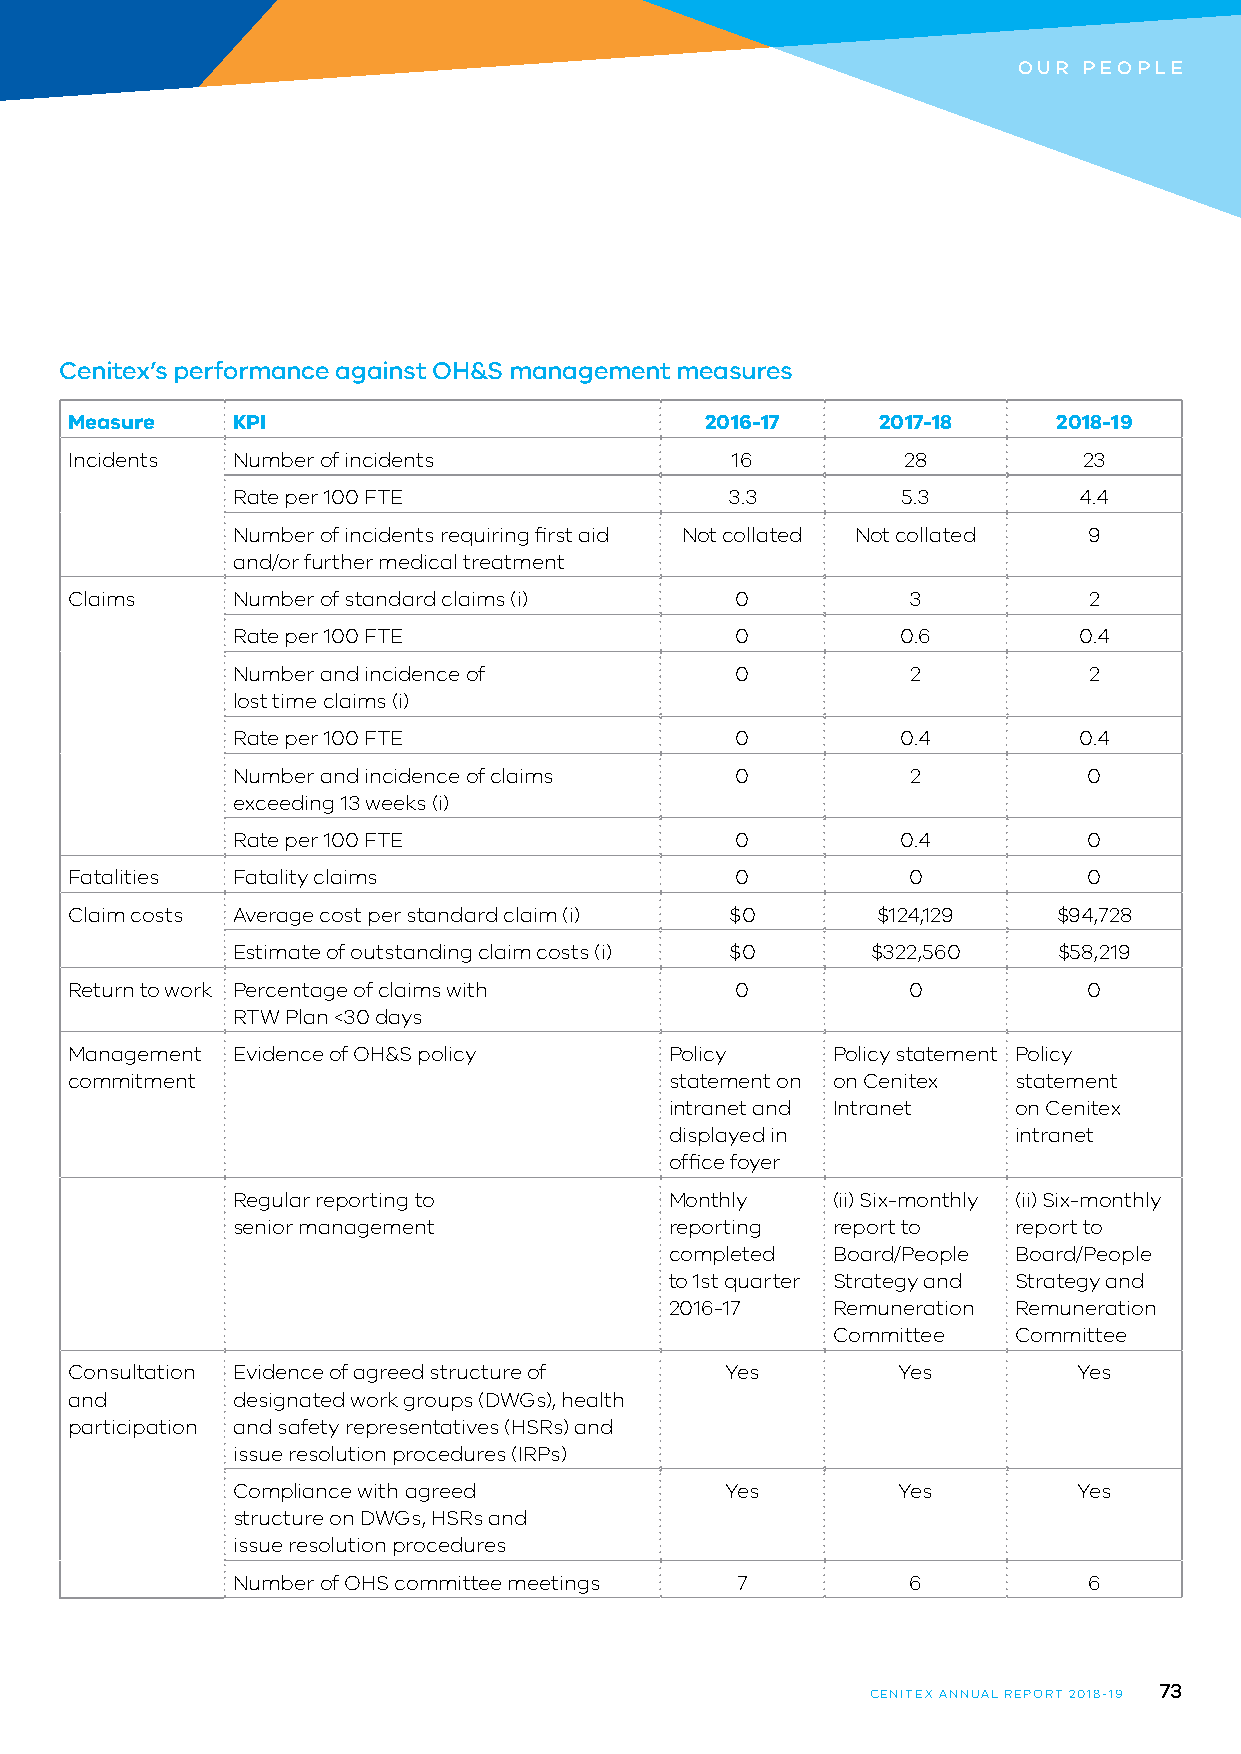
OUR  PEOPLE
 Cenitex’s performance against OH&S management measures
 Measure   KPI                             2016-17    2017-18     2018-19
 Incidents Number of incidents              16          28          23
 Rate per 100 FTE                 3.3         5.3        4.4
 Number of incidents requiring first aid Not collated Not collated 9
 and/or further medical treatment
 Claims    Number of standard claims (i)     0          3           2
 Rate per 100 FTE                  0          0.6        0.4
 Number and incidence of           0          2           2
 lost time claims (i)
 Rate per 100 FTE                  0          0.4        0.4
 Number and incidence of claims    0          2           0
 exceeding 13 weeks (i)
 Rate per 100 FTE                  0          0.4         0
 Fatalities Fatality claims                  0          0           0
 Claim costs Average cost per standard claim (i) $0   $124,129    $94,728
 Estimate of outstanding claim costs (i) $0 $322,560    $58,219
 Return to work Percentage of claims with    0          0           0
 RTW Plan <30 days
 Management Evidence of OH&S policy     Policy     Policy statement Policy
 commitment                             statement on on Cenitex statement
 intranet and Intranet  on Cenitex
 displayed in           intranet
 office foyer
 Regular reporting to         Monthly    (ii) Six-monthly (ii) Six-monthly
 senior management            reporting  report to   report to
 completed  Board/People Board/People
 to 1st quarter Strategy and Strategy and
 2016-17    Remuneration Remuneration
 Committee   Committee
 Consultation Evidence of agreed structure of Yes      Yes         Yes
 and       designated work groups (DWGs), health
 participation and safety representatives (HSRs) and
 issue resolution procedures (IRPs)
 Compliance with agreed           Yes        Yes         Yes
 structure on DWGs, HSRs and
 issue resolution procedures
 Number of OHS committee meetings  7          6           6
 73
 CENITEX ANNUAL REPORT 2018-19